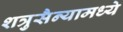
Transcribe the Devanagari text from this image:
शत्रुसैन्यामध्ये